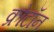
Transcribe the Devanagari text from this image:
क्रोटॉन